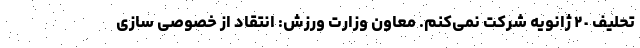
تحلیف ٢٠ ژانویه شرکت نمی‌کنم. معاون وزارت ورزش: انتقاد از خصوصی سازی